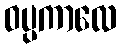
ဝပ္ပကာလေ